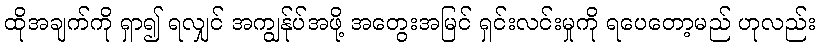
ထိုအချက်ကို ရှာ၍ ရလျှင် အကျွန်ုပ်အဖို့ အတွေးအမြင် ရှင်းလင်းမှုကို ရပေတော့မည် ဟုလည်း